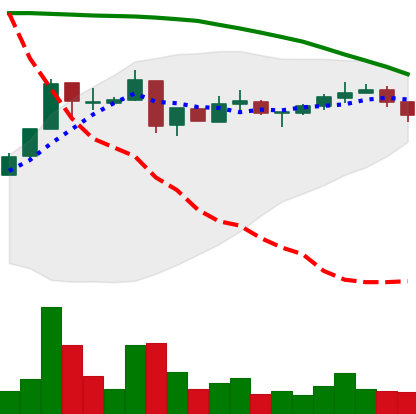
Ticker: XRP-USD
Chart end date: 2018-05-07
Forward return: -16.322%
Label: down_7plus